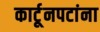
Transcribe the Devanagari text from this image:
कार्टूनपटांना